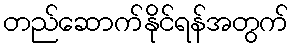
တည်ဆောက်နိုင်ရန်အတွက်